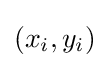
(x_{i},y_{i})\!